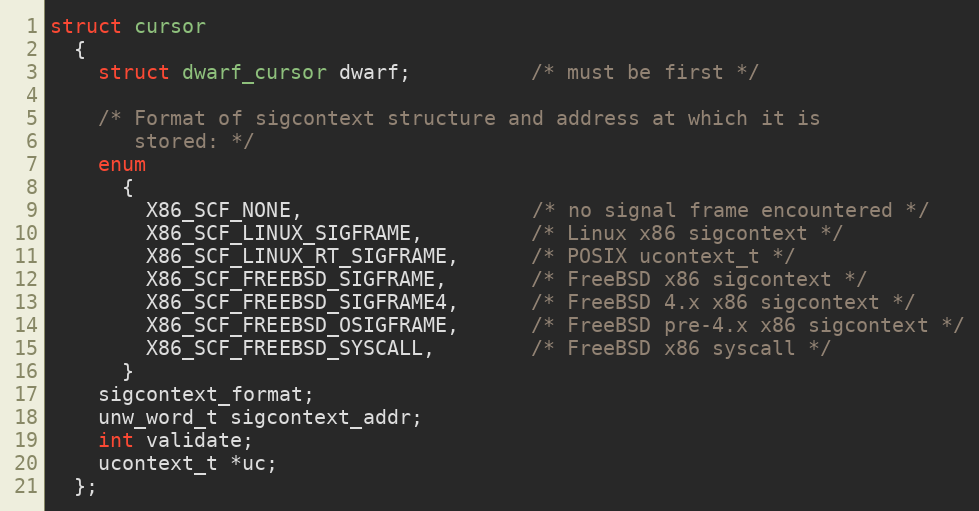
Language: C
struct cursor
  {
    struct dwarf_cursor dwarf;          /* must be first */

    /* Format of sigcontext structure and address at which it is
       stored: */
    enum
      {
        X86_SCF_NONE,                   /* no signal frame encountered */
        X86_SCF_LINUX_SIGFRAME,         /* Linux x86 sigcontext */
        X86_SCF_LINUX_RT_SIGFRAME,      /* POSIX ucontext_t */
        X86_SCF_FREEBSD_SIGFRAME,       /* FreeBSD x86 sigcontext */
        X86_SCF_FREEBSD_SIGFRAME4,      /* FreeBSD 4.x x86 sigcontext */
        X86_SCF_FREEBSD_OSIGFRAME,      /* FreeBSD pre-4.x x86 sigcontext */
        X86_SCF_FREEBSD_SYSCALL,        /* FreeBSD x86 syscall */
      }
    sigcontext_format;
    unw_word_t sigcontext_addr;
    int validate;
    ucontext_t *uc;
  };